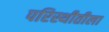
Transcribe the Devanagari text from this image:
परिस्थीतीला